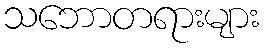
သဘောတရားများ